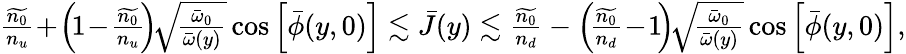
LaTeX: \begin{array}{r}{\frac{\widetilde{n_{0}}}{n_{u}}\! +\! \left(\! 1\! -\! \frac{\widetilde{n_{0}}}{n_{u}}\! \right)\! \sqrt{\! \frac{{\bar{\omega}}_{0}}{{\bar{\omega}}(y)}}\cos\left[\bar{\phi}(y,0)\right]\lesssim\bar{J}(y)\lesssim\frac{\widetilde{n_{0}}}{n_{d}}-\left(\! \frac{\widetilde{n_{0}}}{n_{d}}\! -\! 1\! \right)\! \sqrt{\! \frac{{\bar{\omega}}_{0}}{{\bar{\omega}}(y)}}\cos\left[\bar{\phi}(y,0)\right],}\end{array}